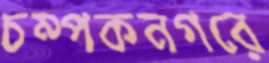
চম্পকনগরে